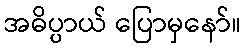
အဓိပ္ပာယ် ပြောမှနော်။